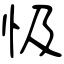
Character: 忣